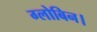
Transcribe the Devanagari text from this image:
ग्लोबिन।